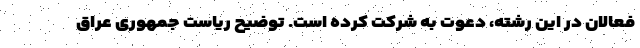
فعالان در این رشته، دعوت به شرکت کرده است. توضیح ریاست جمهوری عراق